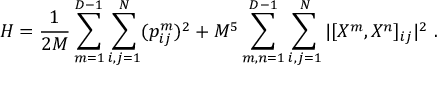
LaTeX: H = \frac { 1 } { 2 M } \sum _ { m = 1 } ^ { D - 1 } \sum _ { i , j = 1 } ^ { N } ( p _ { i j } ^ { m } ) ^ { 2 } + M ^ { 5 } \sum _ { m , n = 1 } ^ { D - 1 } \sum _ { i , j = 1 } ^ { N } | [ X ^ { m } , X ^ { n } ] _ { i j } | ^ { 2 } \ .